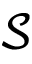
\mathcal { S }